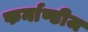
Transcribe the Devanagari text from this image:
फर्नाण्डीज